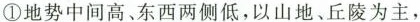
①地势中间高、东西两侧低，以山地、丘陵为主，